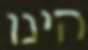
הינו